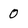
Character: 0